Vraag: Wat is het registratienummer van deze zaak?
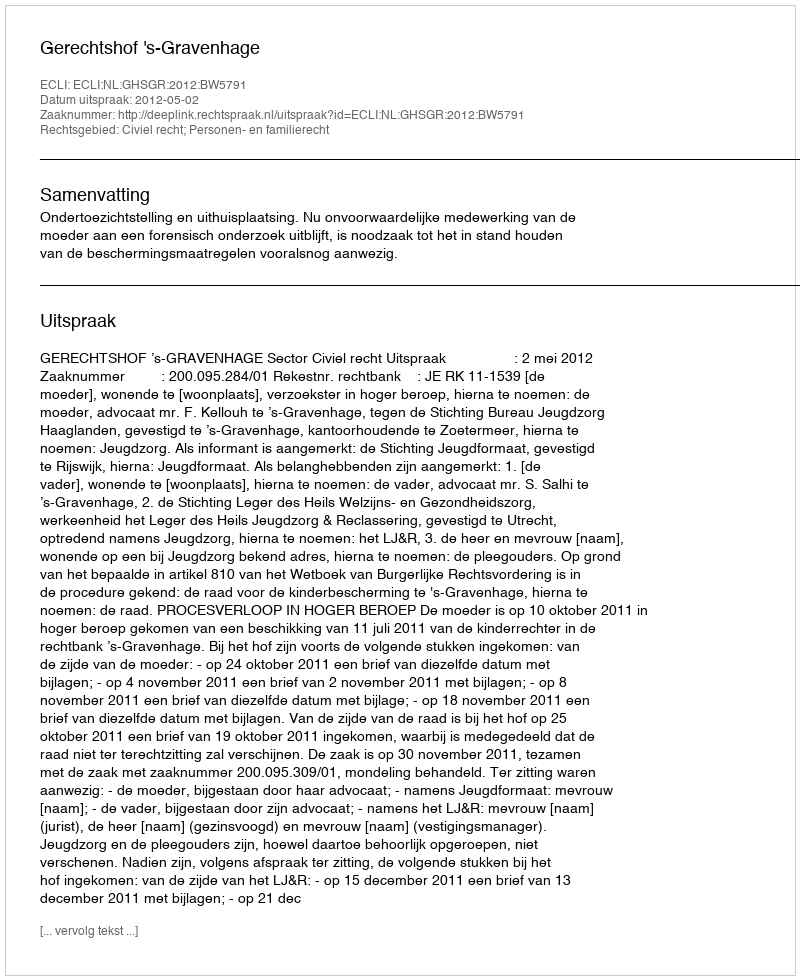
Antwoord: http://deeplink.rechtspraak.nl/uitspraak?id=ECLI:NL:GHSGR:2012:BW5791